65_HS1-834228961_62-HQ-83894_Section_6
Agency: FBI
Page 180
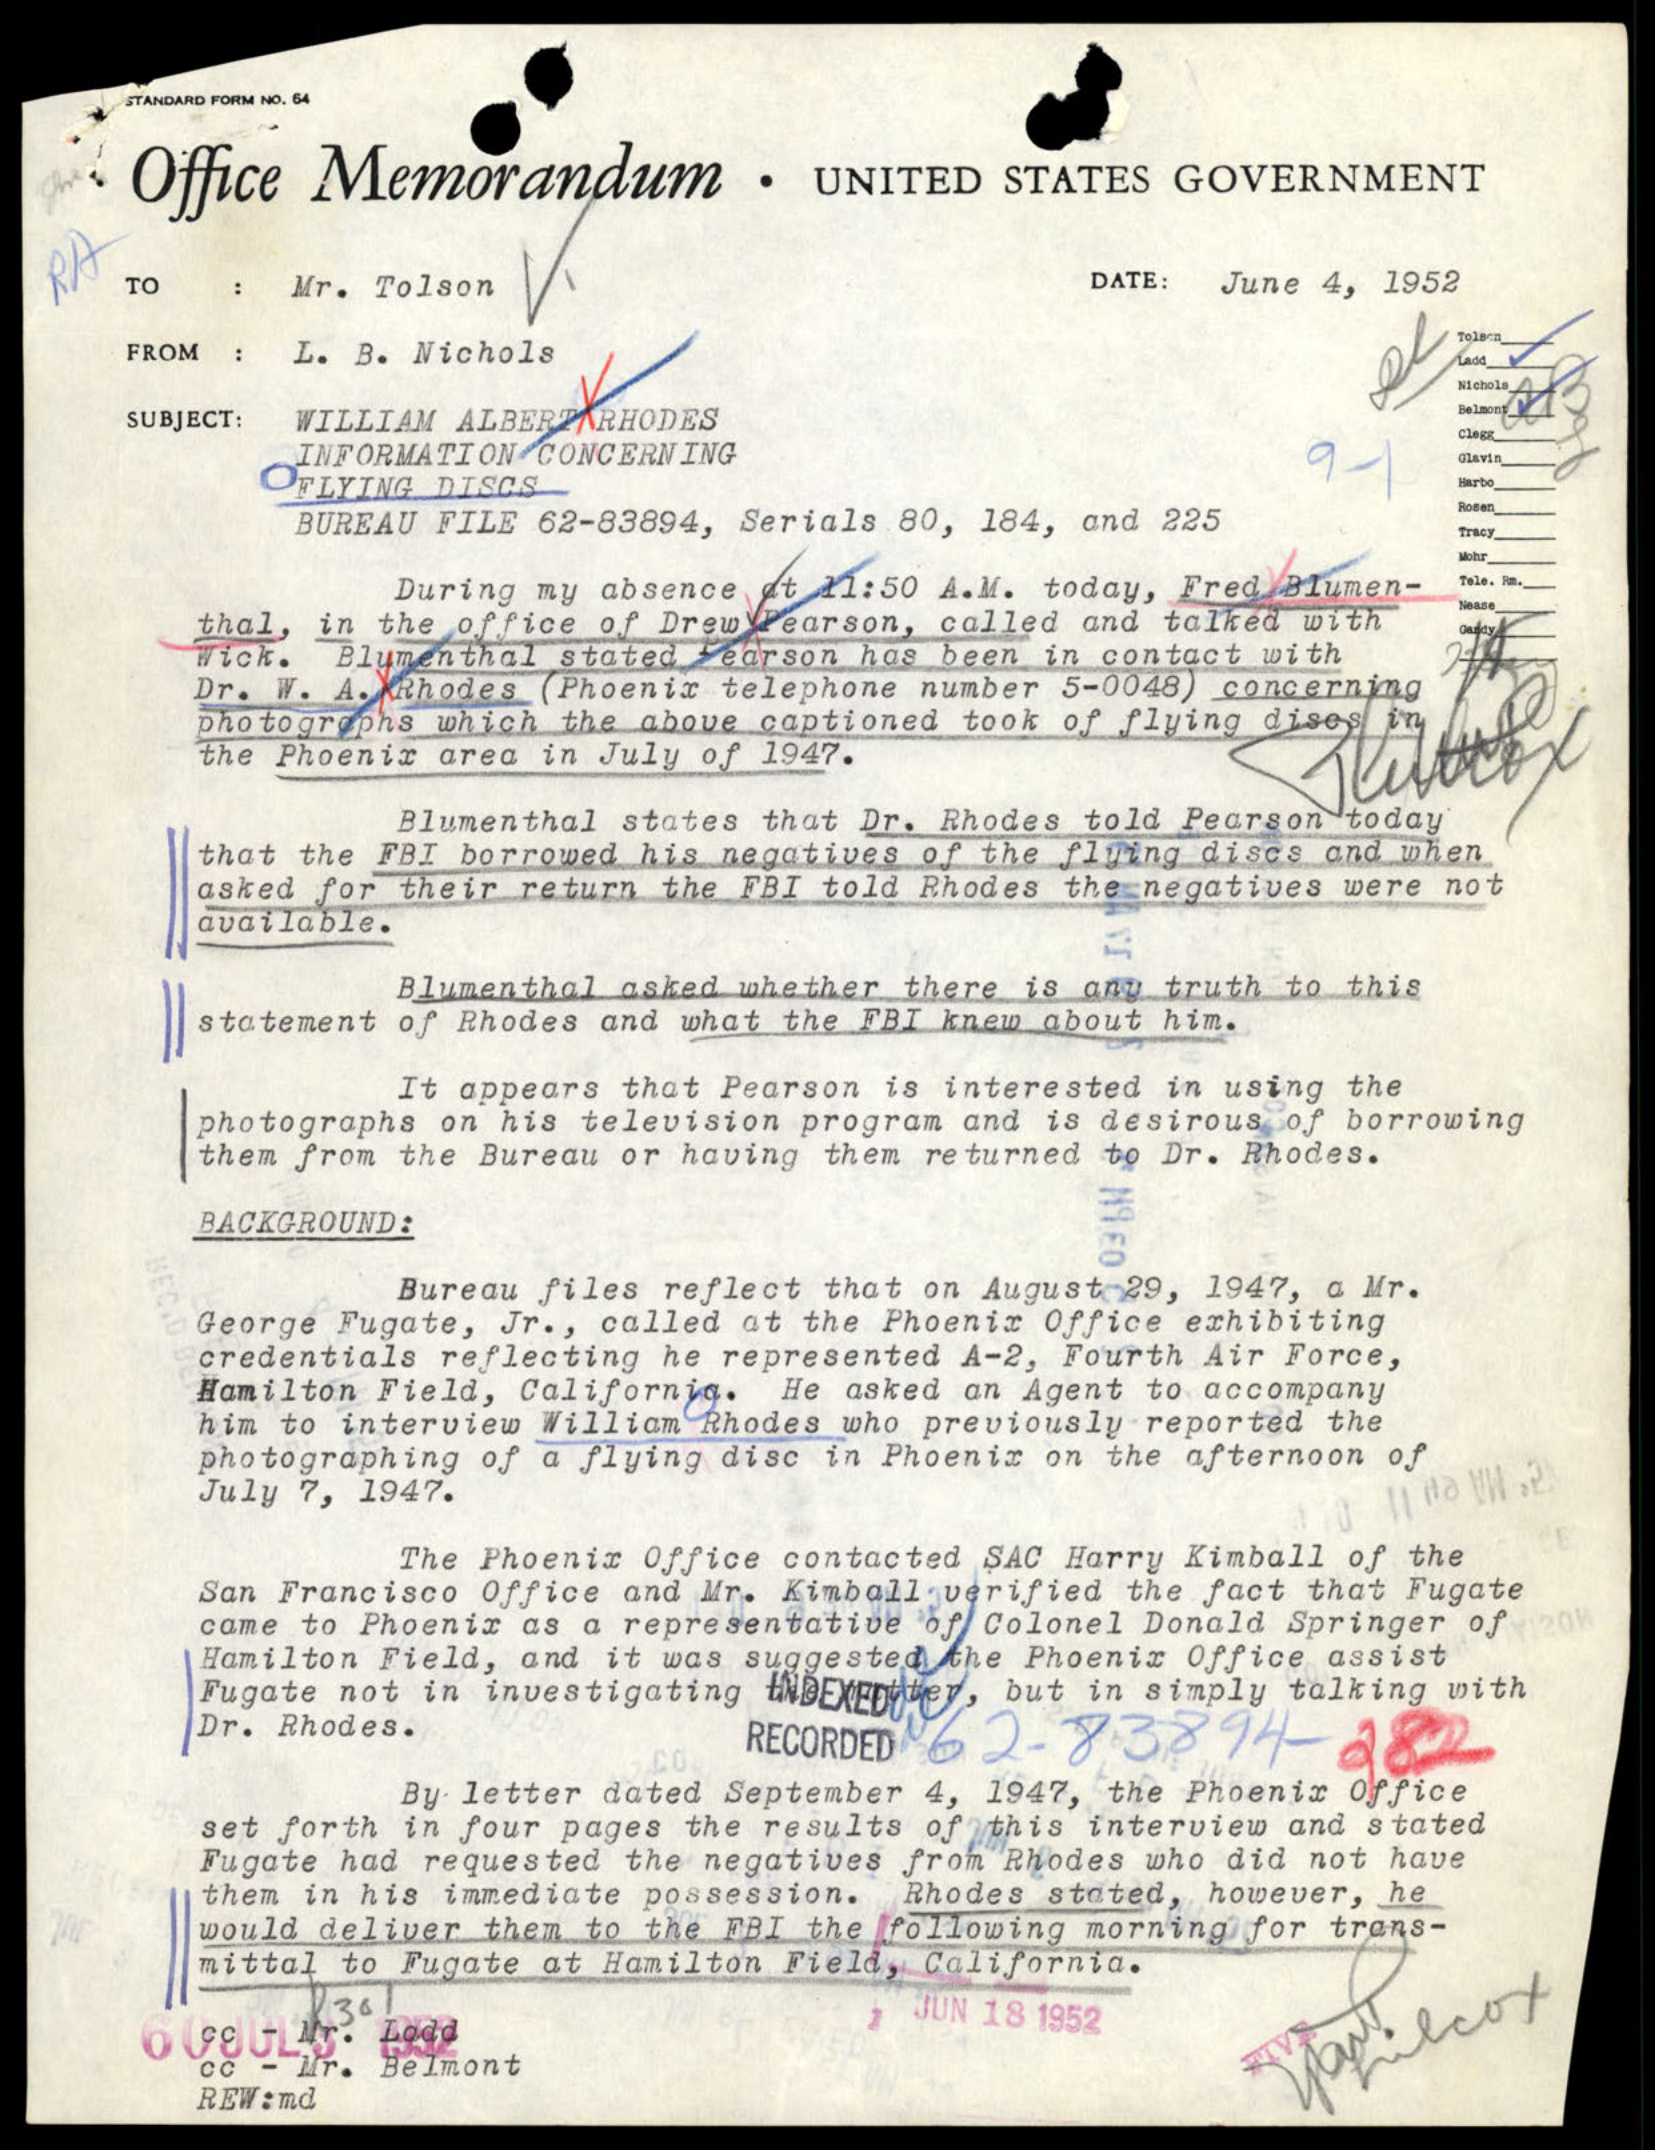